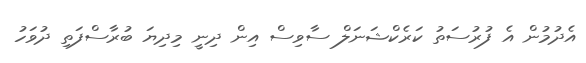
އެދުމުން އެ ފުރުސަތު ކަރެކްޝަނަލް ސާވިސް އިން ދިނީ މިދިޔަ ބުރާސްފަތި ދުވަހު